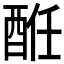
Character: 𨠲